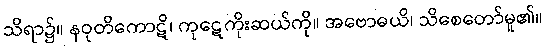
သိရာ၌။ နဝုတိကောဋိ၊ ကုဋေကိုးဆယ်ကို။ အဗောဓယိ၊ သိစေတော်မူ၏။